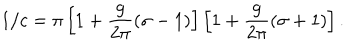
1 / c = \pi \left[ 1 + \frac { g } { 2 \pi } ( \sigma - 1 ) \right] \left[ 1 + \frac { g } { 2 \pi } ( \sigma + 1 ) \right] .